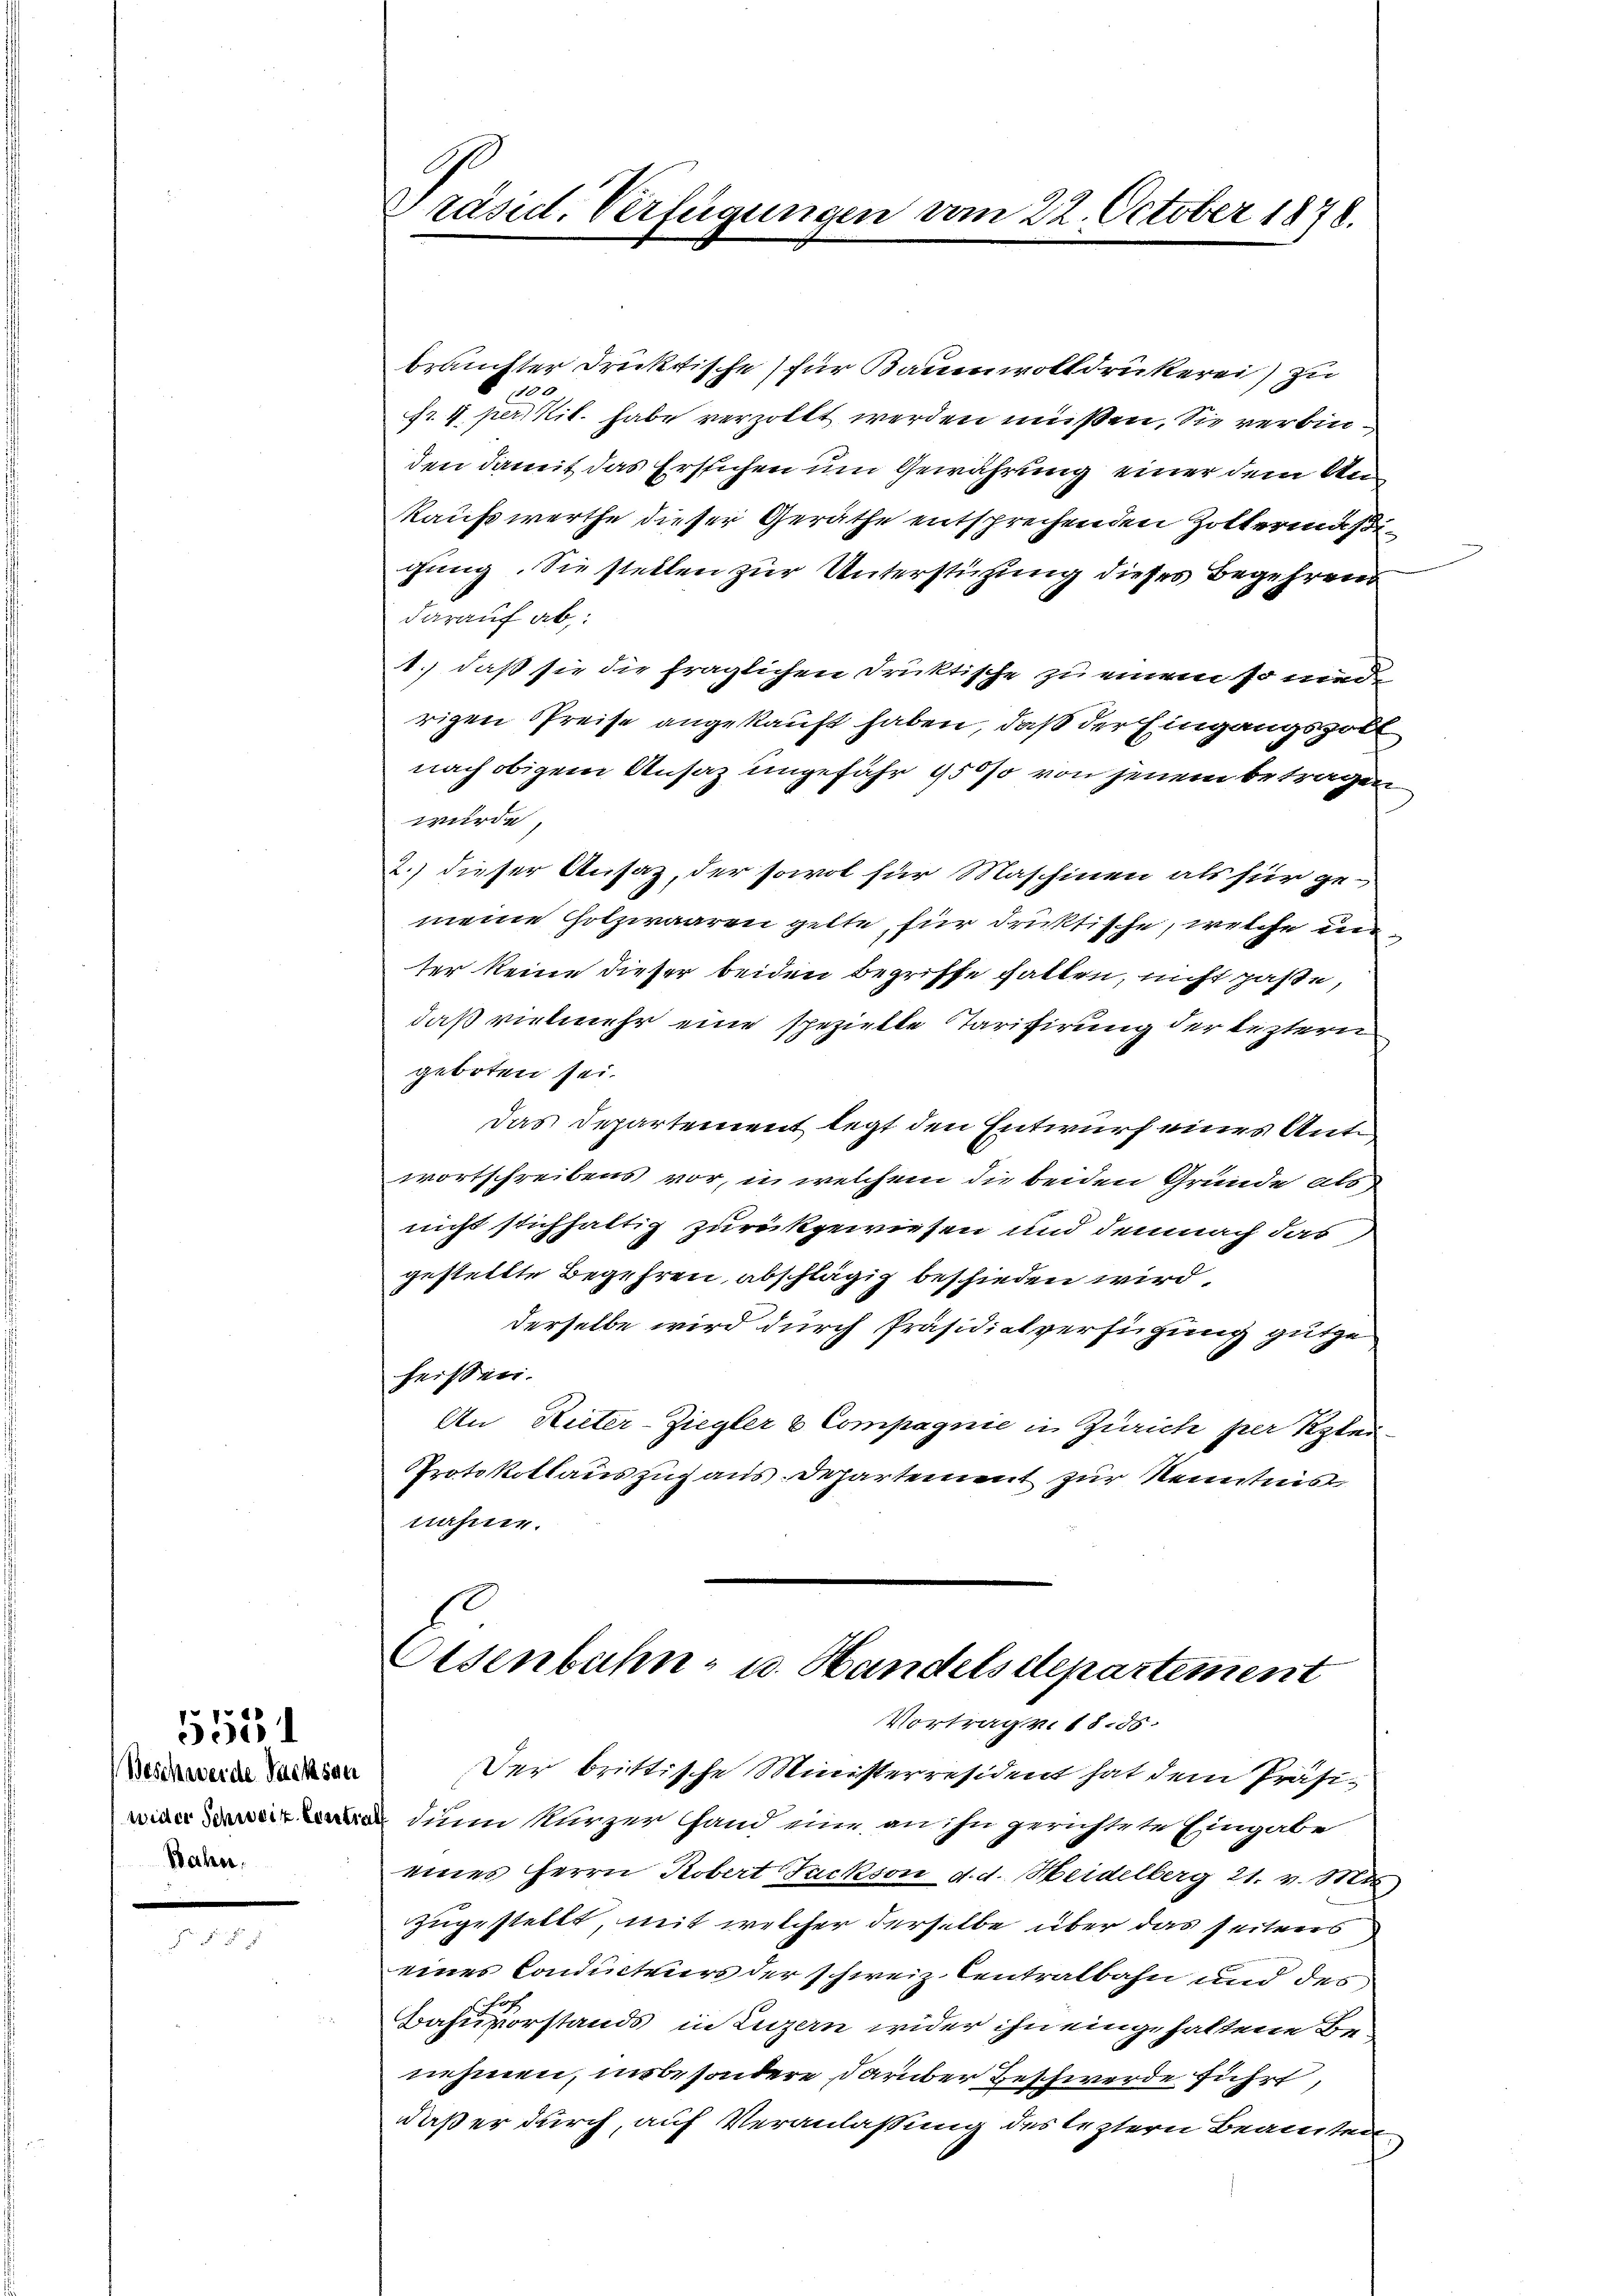
Beschwerde Packsau
wider Schweiz besti
Bahn.

5551

brauchter drüktische für Baumwolldrukerei) zu
1100
Fr. 4. per tit. habe verzollt werden müßen. Sie verbinden damit das Erstichen um Gewährung einer dem An¬
Kaufswerthe dieser Geräthe entsprechenden Zottermäßigung. Sie stellen zur Unterstüzung dieses Begehrens
darauf ab
1.) daß sie die fraglichen Druktische zu einem so mind
rigen Preise angekauft haben, daß der Eingangszoll
nach obigem Ansatz ungefähr 950 so von jenem betragen
würde,
2.) dieser Ansaz, der sowol für Maschinen als für ge-
meine Holzwaaren gelte, für drüktische, welche un
ter keine dieser beiden Begriffe hatten, nicht passe,
daß vielmehr eine spezielle Tarifirung der leztern
geboten sei.
Das Departement legt den Entwurf eines Antwortschreibens vor, in welchem die beiden Grunde als
nicht stichhaltig zurückgewiesen und demnach das
gestellte Begehren, abschlägig beschieden wird,
derselbe wird durch Präsidialverfügung gutge
heissen.
An Rieter-Ziegler & Compagnie in Zürich per Klei¬
Protokollauszuzaus. Departement zur Kenntnis
nahme.
Eisenbahn- u. Handelsdepartement

Präsid. Verfügungen vom 22. October 1878.

Vortrag v. 18. 56.

Der brittische Ministerresident hat dem Präsi¬
. dann kürzer fand eine an ihn gerichtete Eingabe
eines Herrn Robert Jackson d. d. Heidelberg 21. v. Mts.
zugestellt, mit welcher derselbe über das seitens
eines Conditeurs der schweiz. Centralbahn und des
Bahnvorstands in Luzern wider ihn eingehaltene Benehmen, insbesondere darüber Beschwerde führt,
daß er durch, auf Veranlaßung des leztern Beamten